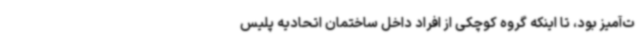
ت‌آمیز بود، تا اینکه گروه کوچکی از افراد داخل ساختمان اتحادیه پلیس